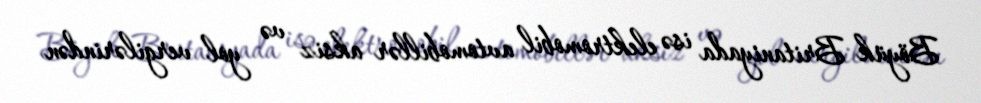
Böyük Britaniyada isə elektromobil avtomobillər aksiz və yol vergilərindən